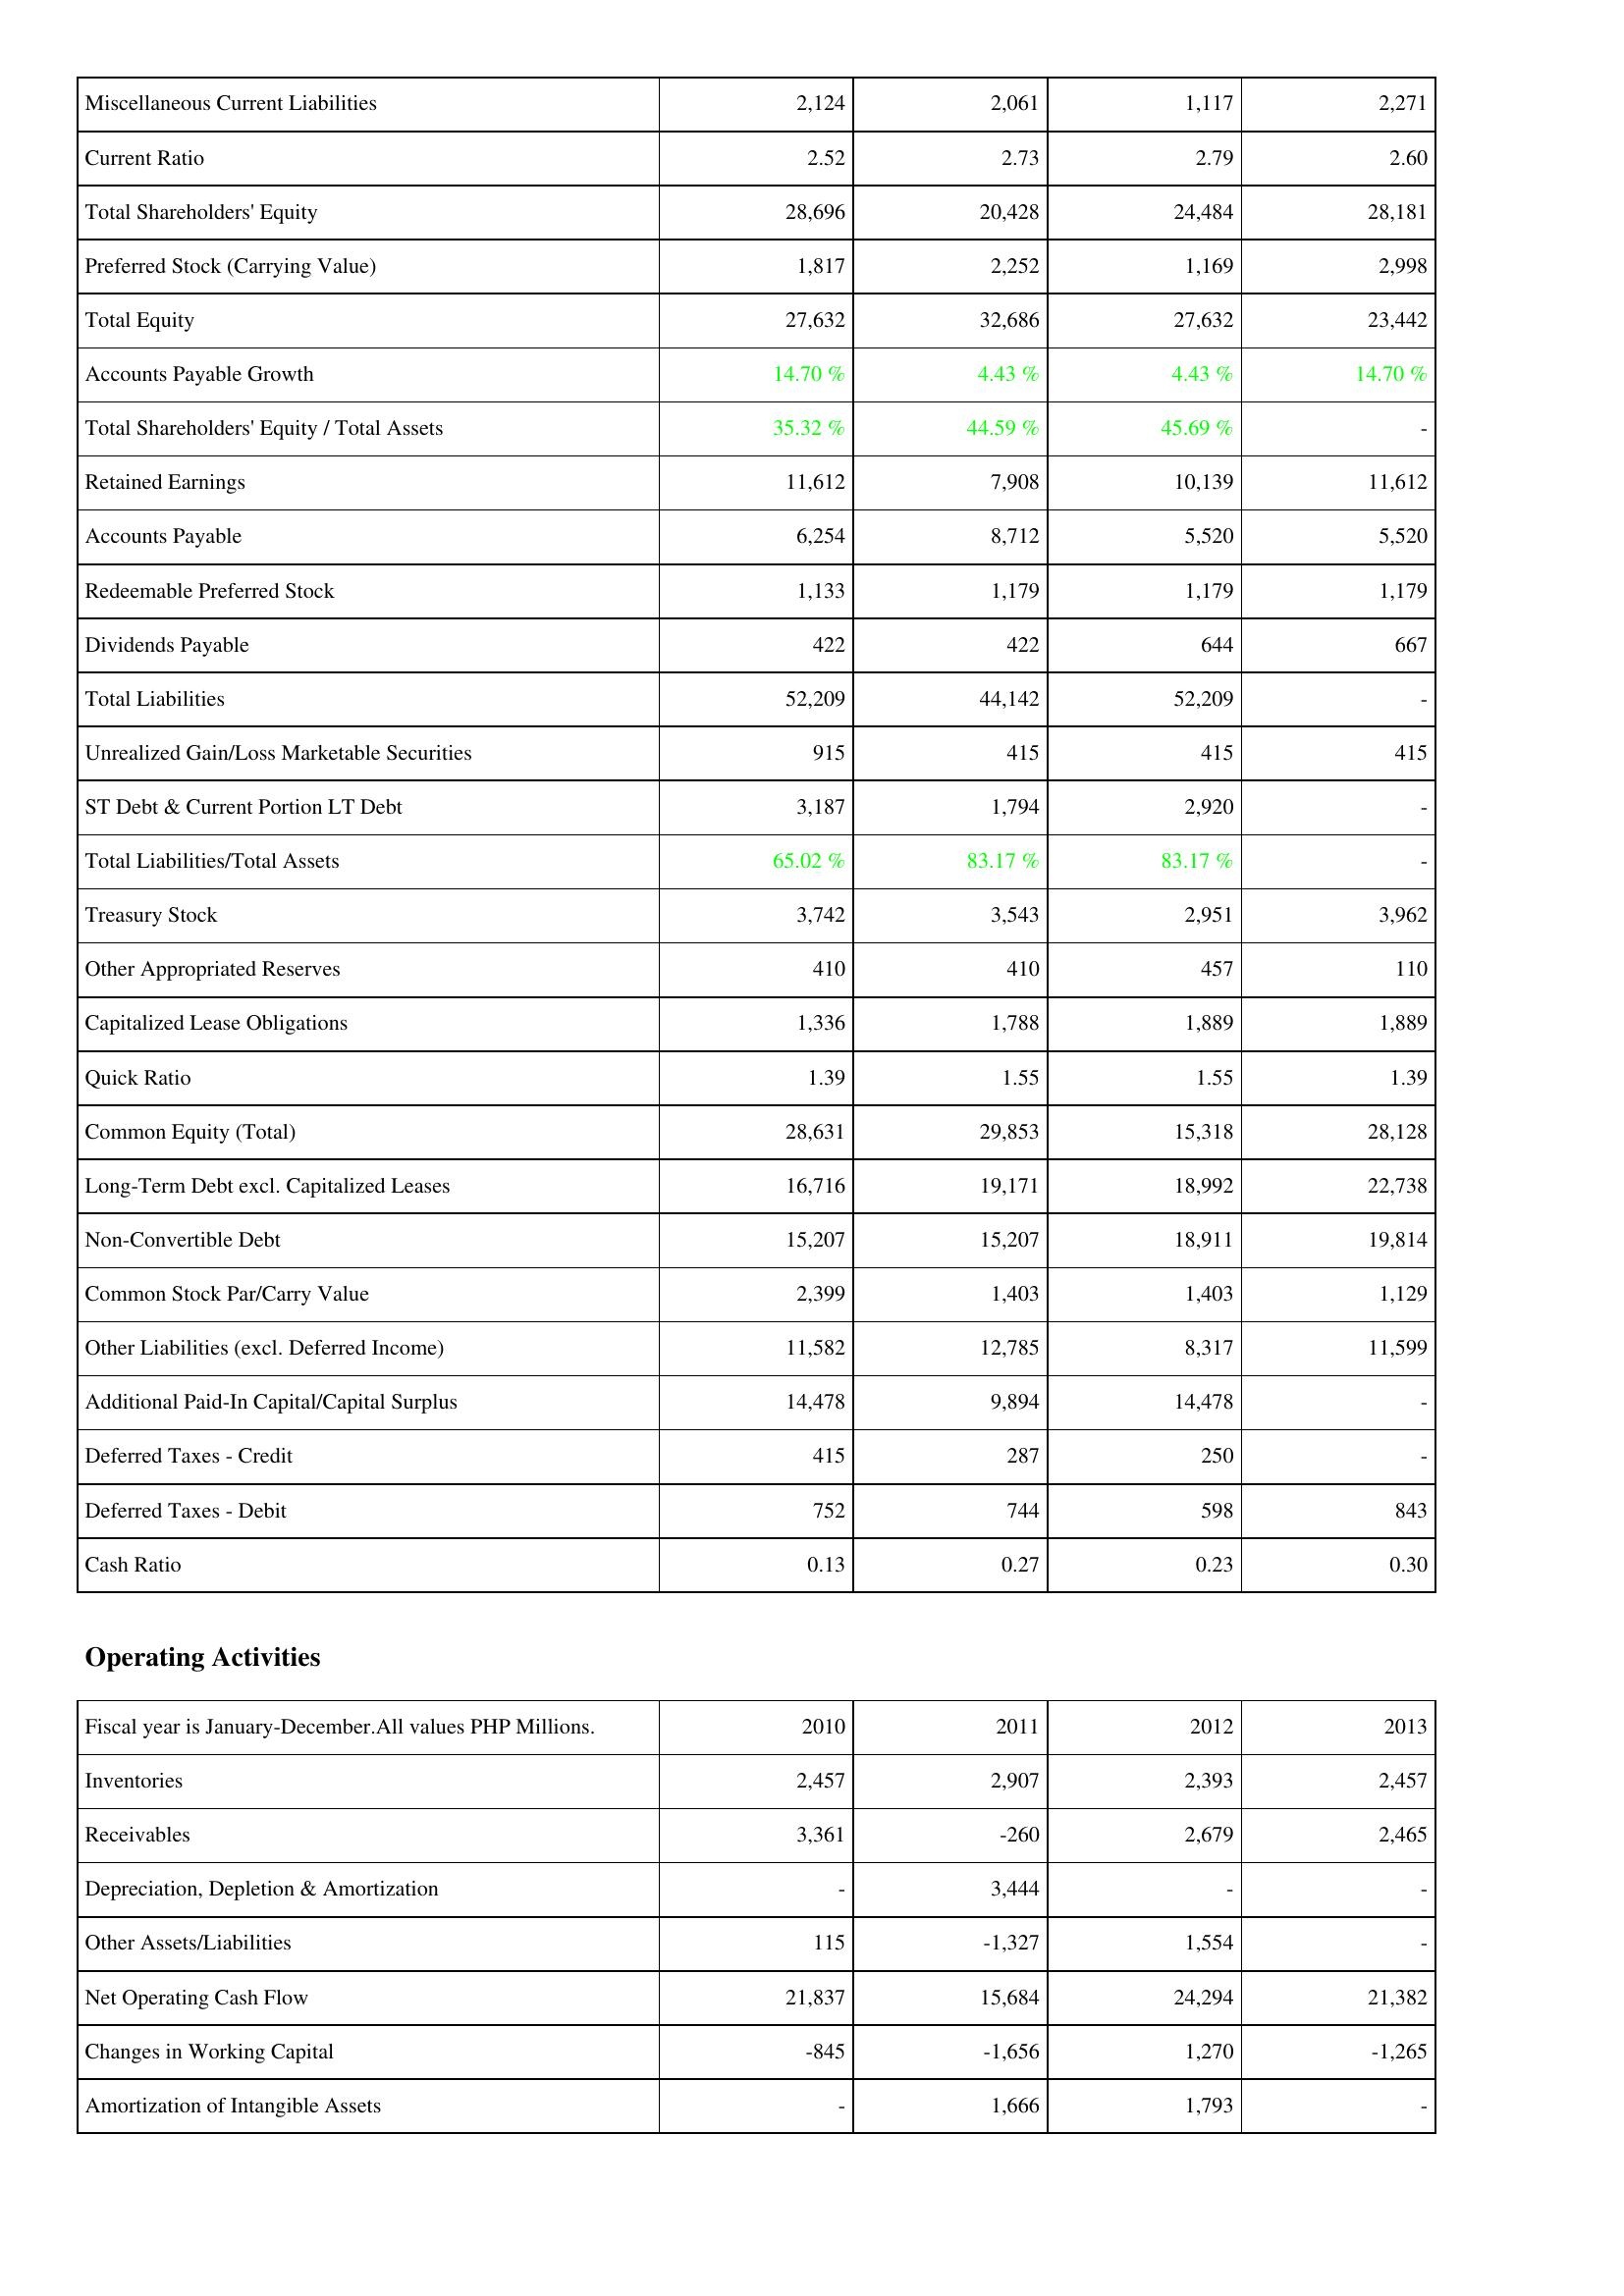
2010: Liabilities & Shareholders' Equity: Miscellaneous Current Liabilities: 2,124
Current Ratio: 2.52
Total Shareholders' Equity: 28,696
Preferred Stock (Carrying Value): 1,817
Total Equity: 27,632
Accounts Payable Growth: 14.70 %
Total Shareholders' Equity / Total Assets: 35.32 %
Retained Earnings: 11,612
Accounts Payable: 6,254
Redeemable Preferred Stock: 1,133
Dividends Payable: 422
Total Liabilities: 52,209
Unrealized Gain/Loss Marketable Securities: 915
ST Debt & Current Portion LT Debt: 3,187
Total Liabilities/Total Assets: 65.02 %
Treasury Stock: 3,742
Other Appropriated Reserves: 410
Capitalized Lease Obligations: 1,336
Quick Ratio: 1.39
Common Equity (Total): 28,631
Long-Term Debt excl. Capitalized Leases: 16,716
Non-Convertible Debt: 15,207
Common Stock Par/Carry Value: 2,399
Other Liabilities (excl. Deferred Income): 11,582
Additional Paid-In Capital/Capital Surplus: 14,478
Deferred Taxes - Credit: 415
Deferred Taxes - Debit: 752
Cash Ratio: 0.13
Operating Activities: Inventories: 2,457
Receivables: 3,361
Depreciation, Depletion & Amortization: -
Other Assets/Liabilities: 115
Net Operating Cash Flow: 21,837
Changes in Working Capital: -845
Amortization of Intangible Assets: -
2011: Liabilities & Shareholders' Equity: Miscellaneous Current Liabilities: 2,061
Current Ratio: 2.73
Total Shareholders' Equity: 20,428
Preferred Stock (Carrying Value): 2,252
Total Equity: 32,686
Accounts Payable Growth: 4.43 %
Total Shareholders' Equity / Total Assets: 44.59 %
Retained Earnings: 7,908
Accounts Payable: 8,712
Redeemable Preferred Stock: 1,179
Dividends Payable: 422
Total Liabilities: 44,142
Unrealized Gain/Loss Marketable Securities: 415
ST Debt & Current Portion LT Debt: 1,794
Total Liabilities/Total Assets: 83.17 %
Treasury Stock: 3,543
Other Appropriated Reserves: 410
Capitalized Lease Obligations: 1,788
Quick Ratio: 1.55
Common Equity (Total): 29,853
Long-Term Debt excl. Capitalized Leases: 19,171
Non-Convertible Debt: 15,207
Common Stock Par/Carry Value: 1,403
Other Liabilities (excl. Deferred Income): 12,785
Additional Paid-In Capital/Capital Surplus: 9,894
Deferred Taxes - Credit: 287
Deferred Taxes - Debit: 744
Cash Ratio: 0.27
Operating Activities: Inventories: 2,907
Receivables: -260
Depreciation, Depletion & Amortization: 3,444
Other Assets/Liabilities: -1,327
Net Operating Cash Flow: 15,684
Changes in Working Capital: -1,656
Amortization of Intangible Assets: 1,666
2012: Liabilities & Shareholders' Equity: Miscellaneous Current Liabilities: 1,117
Current Ratio: 2.79
Total Shareholders' Equity: 24,484
Preferred Stock (Carrying Value): 1,169
Total Equity: 27,632
Accounts Payable Growth: 4.43 %
Total Shareholders' Equity / Total Assets: 45.69 %
Retained Earnings: 10,139
Accounts Payable: 5,520
Redeemable Preferred Stock: 1,179
Dividends Payable: 644
Total Liabilities: 52,209
Unrealized Gain/Loss Marketable Securities: 415
ST Debt & Current Portion LT Debt: 2,920
Total Liabilities/Total Assets: 83.17 %
Treasury Stock: 2,951
Other Appropriated Reserves: 457
Capitalized Lease Obligations: 1,889
Quick Ratio: 1.55
Common Equity (Total): 15,318
Long-Term Debt excl. Capitalized Leases: 18,992
Non-Convertible Debt: 18,911
Common Stock Par/Carry Value: 1,403
Other Liabilities (excl. Deferred Income): 8,317
Additional Paid-In Capital/Capital Surplus: 14,478
Deferred Taxes - Credit: 250
Deferred Taxes - Debit: 598
Cash Ratio: 0.23
Operating Activities: Inventories: 2,393
Receivables: 2,679
Depreciation, Depletion & Amortization: -
Other Assets/Liabilities: 1,554
Net Operating Cash Flow: 24,294
Changes in Working Capital: 1,270
Amortization of Intangible Assets: 1,793
2013: Liabilities & Shareholders' Equity: Miscellaneous Current Liabilities: 2,271
Current Ratio: 2.60
Total Shareholders' Equity: 28,181
Preferred Stock (Carrying Value): 2,998
Total Equity: 23,442
Accounts Payable Growth: 14.70 %
Total Shareholders' Equity / Total Assets: -
Retained Earnings: 11,612
Accounts Payable: 5,520
Redeemable Preferred Stock: 1,179
Dividends Payable: 667
Total Liabilities: -
Unrealized Gain/Loss Marketable Securities: 415
ST Debt & Current Portion LT Debt: -
Total Liabilities/Total Assets: -
Treasury Stock: 3,962
Other Appropriated Reserves: 110
Capitalized Lease Obligations: 1,889
Quick Ratio: 1.39
Common Equity (Total): 28,128
Long-Term Debt excl. Capitalized Leases: 22,738
Non-Convertible Debt: 19,814
Common Stock Par/Carry Value: 1,129
Other Liabilities (excl. Deferred Income): 11,599
Additional Paid-In Capital/Capital Surplus: -
Deferred Taxes - Credit: -
Deferred Taxes - Debit: 843
Cash Ratio: 0.30
Operating Activities: Inventories: 2,457
Receivables: 2,465
Depreciation, Depletion & Amortization: -
Other Assets/Liabilities: -
Net Operating Cash Flow: 21,382
Changes in Working Capital: -1,265
Amortization of Intangible Assets: -